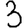
Digit: 3